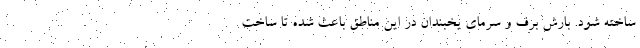
ساخته شود. بارش برف و سرمای یخبندان در این مناطق باعث شده تا ساخت